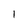
Character: 1